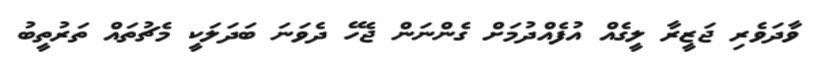
ވާދަވެރި ޖަޒީރާ ލީގެއް އުފެއްދުމަށް ގެންނަން ޖެހޭ ދެވަނަ ބަދަލަކީ މެޗުތައް ތަރުތީބު